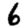
Digit: 6